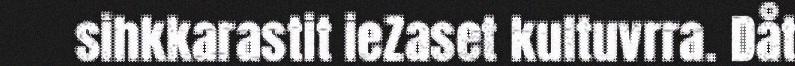
sihkkarastit ieZaset kultuvrra. Dåt